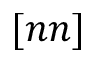
[ n n ]